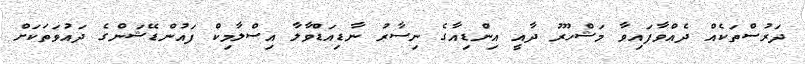
ދަރުސްތަކެއް ދެއްވާފައިވާ މަޝްހޫރު ދާއީ އިންޑިއާގެ ނިސާރު ނާޑިއަޑްވާލާ އިސްލާމިކް ފައުންޑޭޝަންގެ ދައުވަތަކަށް